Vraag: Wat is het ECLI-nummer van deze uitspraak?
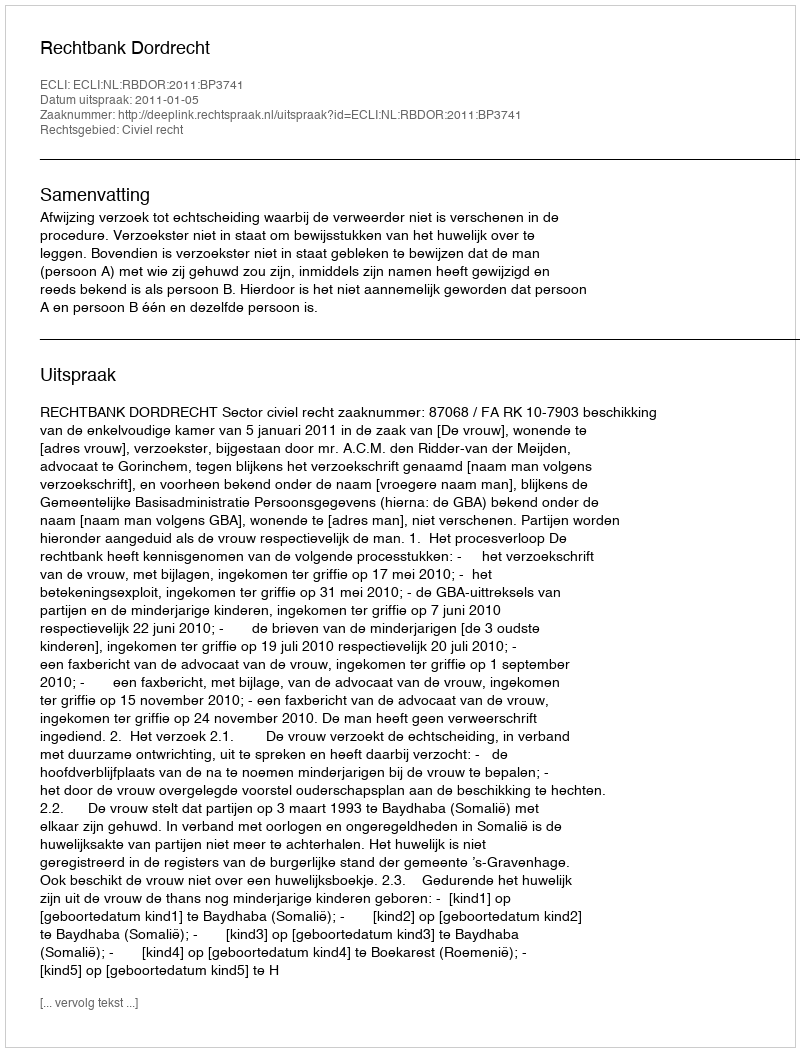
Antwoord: ECLI:NL:RBDOR:2011:BP3741